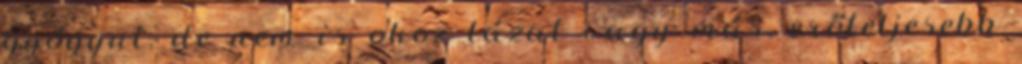
gyógyul, de nem is okoz lázat vagy más, erőteljesebb